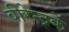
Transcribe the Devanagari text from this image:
वीरेन्द्रके